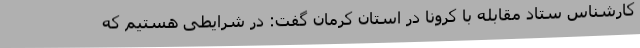
کارشناس ستاد مقابله با کرونا در استان کرمان گفت: در شرایطی هستیم که